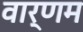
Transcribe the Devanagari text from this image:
वार्णम